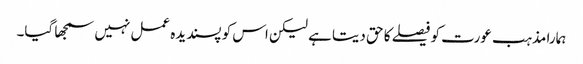
ہمارا مذہب عورت کو فیصلے کا حق دیتا ہے لیکن اس کو پسندیدہ عمل نہیں سمجھا گیا۔